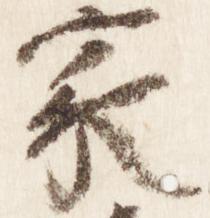
家